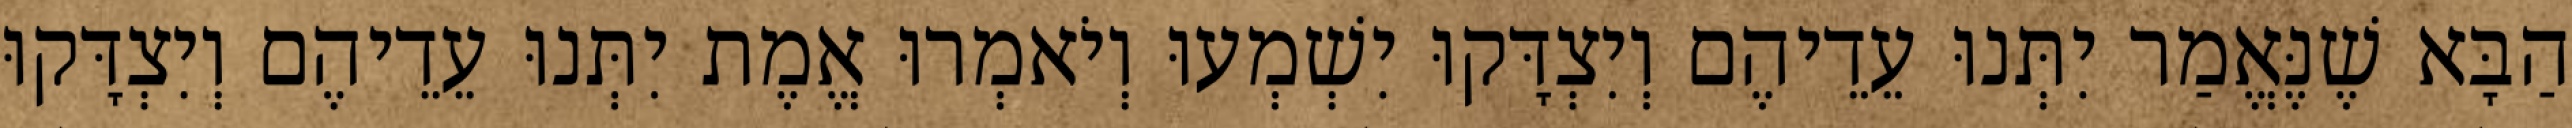
הַבָּא שֶׁנֶּאֱמַר יִתְּנוּ עֵדֵיהֶם וְיִצְדָּקוּ יִשְׁמְעוּ וְיֹאמְרוּ אֱמֶת יִתְּנוּ עֵדֵיהֶם וְיִצְדָּקוּ